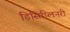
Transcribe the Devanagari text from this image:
डिसिप्लिनरी